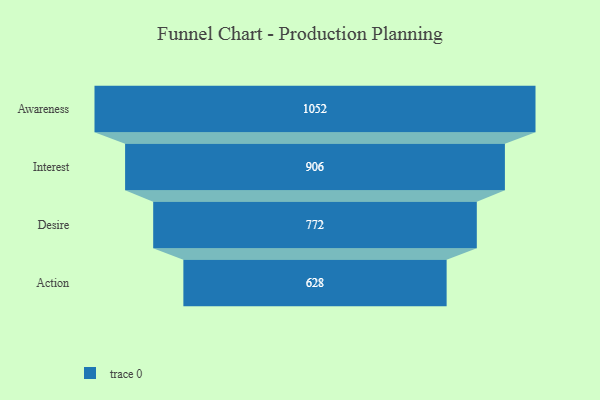
{"axis": {"x": "Stage", "y": "Value"}, "legend": [""], "data": [{"x": "Awareness", "y": 1052.0, "type": ""}, {"x": "Interest", "y": 906.0, "type": ""}, {"x": "Desire", "y": 772.0, "type": ""}, {"x": "Action", "y": 628.0, "type": ""}]}